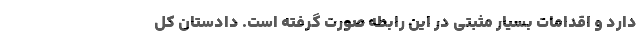
دارد و اقدامات بسیار مثبتی در این رابطه صورت گرفته است. دادستان کل